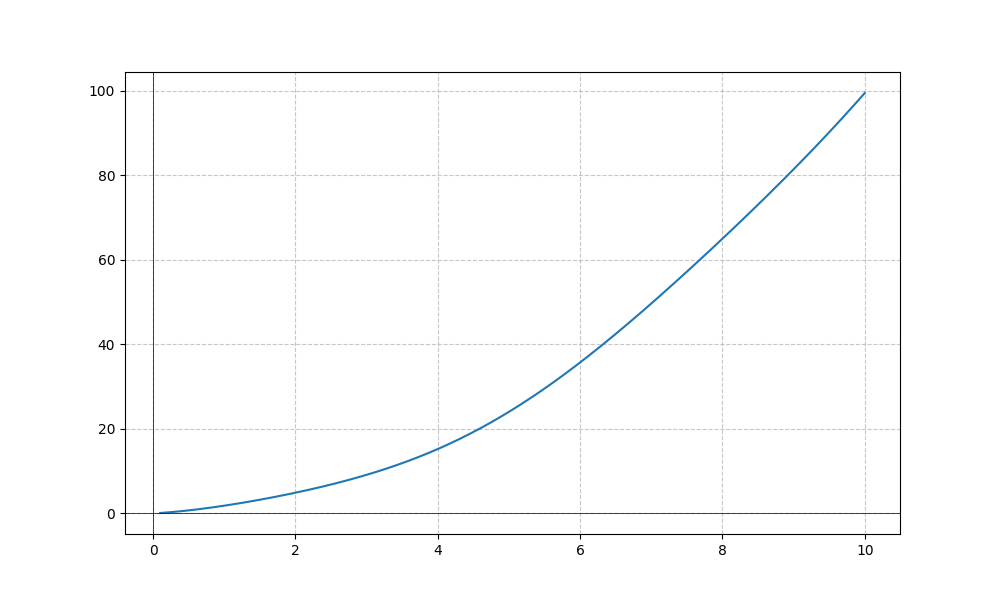
LaTeX formula: x^{2} + \sin{\left(x \right)}